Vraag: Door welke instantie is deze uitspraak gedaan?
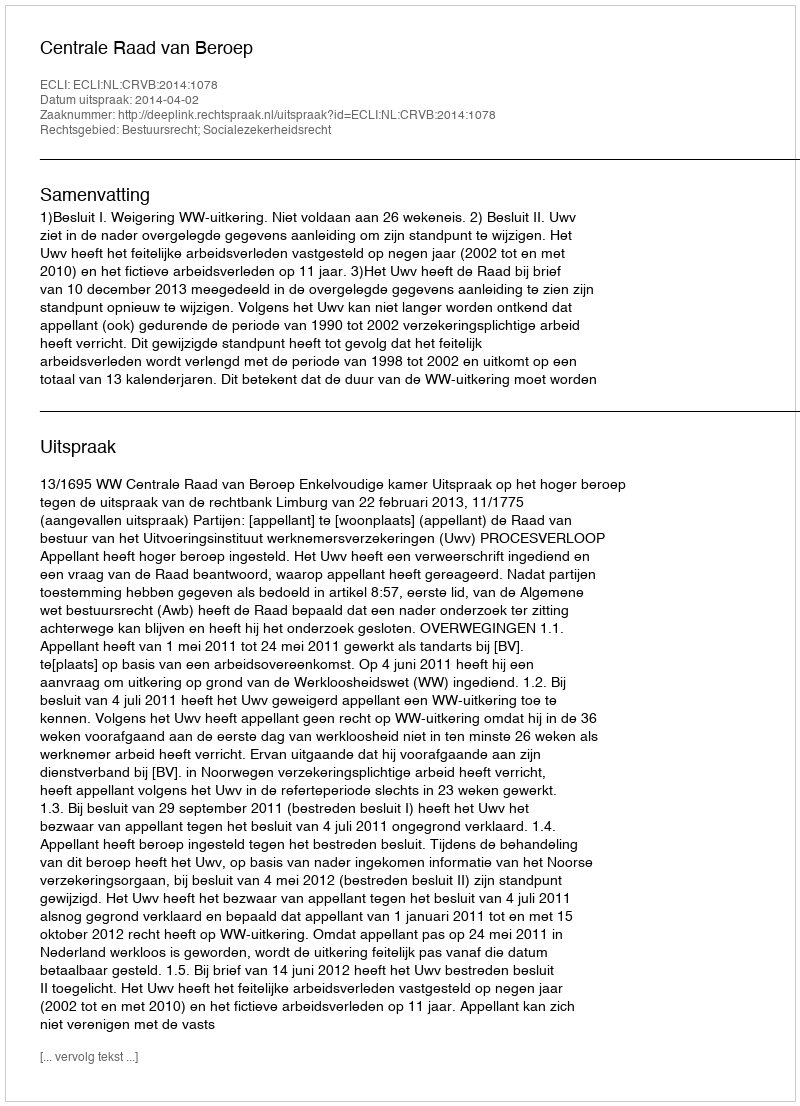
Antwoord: Centrale Raad van Beroep